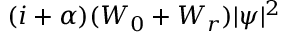
( i + \alpha ) ( W _ { 0 } + W _ { r } ) | \psi | ^ { 2 }